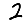
Digit: 2